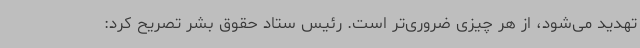
تهدید می‌شود، از هر چیزی ضروری‌تر است. رئیس ستاد حقوق بشر تصریح کرد: